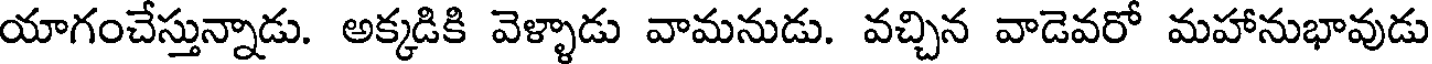
యాగంచేస్తున్నాడు. అక్కడికి వెళ్ళాడు వామనుడు. వచ్చిన వాడెవరో మహానుభావుడు